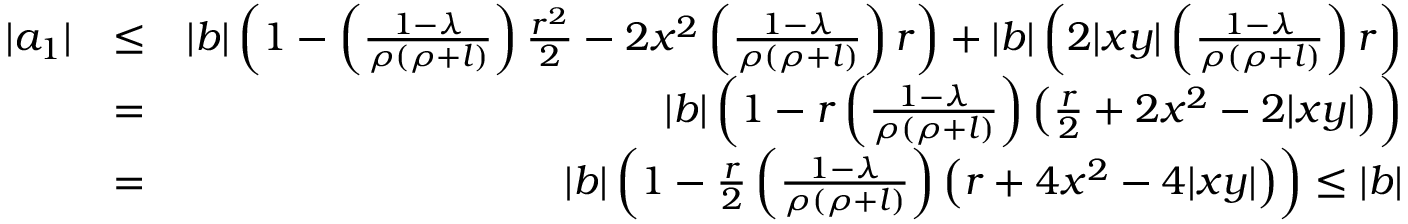
\begin{array} { r l r } { | a _ { 1 } | } & { \leq } & { | b | \left( 1 - \left( \frac { 1 - \lambda } { \rho ( \rho + l ) } \right) \frac { r ^ { 2 } } { 2 } - 2 x ^ { 2 } \left( \frac { 1 - \lambda } { \rho ( \rho + l ) } \right) r \right) + | b | \left( 2 | x y | \left( \frac { 1 - \lambda } { \rho ( \rho + l ) } \right) r \right) } \\ & { = } & { | b | \left( 1 - r \left( \frac { 1 - \lambda } { \rho ( \rho + l ) } \right) \left( \frac { r } { 2 } + 2 x ^ { 2 } - 2 | x y | \right) \right) } \\ & { = } & { | b | \left( 1 - \frac { r } { 2 } \left( \frac { 1 - \lambda } { \rho ( \rho + l ) } \right) \left( r + 4 x ^ { 2 } - 4 | x y | \right) \right) \leq | b | } \end{array}